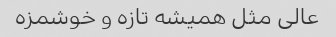
عالی مثل همیشه تازه و خوشمزه